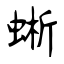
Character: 蜥